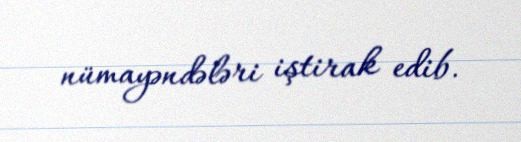
nümayəndələri iştirak edib.